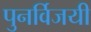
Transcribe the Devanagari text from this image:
पुनर्विजयी